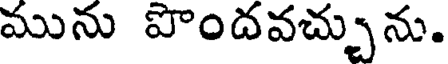
మును పొందవచ్చును.